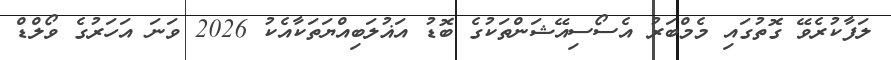
ލަފާކުރެވޭ ގޮތުގައި މެމްބަރު އެސޯސިއޭޝަންތަކުގެ ބޮޑު އަޣުލަބިއްޔަތަކާއެކު 2026 ވަނަ އަހަރުގެ ވޯލްޑް